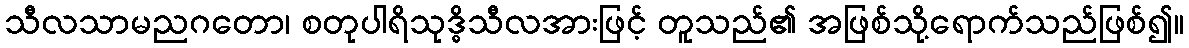
သီလသာမညဂတော၊ စတုပါရိသုဒ္ဓိသီလအားဖြင့် တူသည်၏ အဖြစ်သို့ရောက်သည်ဖြစ်၍။